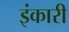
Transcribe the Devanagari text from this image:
इंकारी